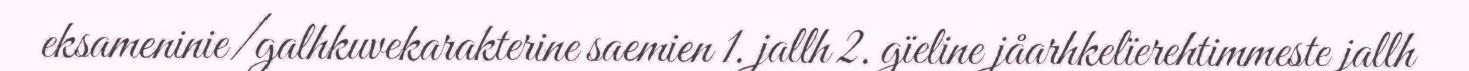
eksameninie/galhkuvekarakterine saemien 1. jallh 2. gïeline jåarhkelïerehtimmeste jallh